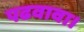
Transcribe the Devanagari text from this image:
पढवावा।